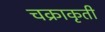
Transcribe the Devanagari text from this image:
चक्राकृती